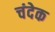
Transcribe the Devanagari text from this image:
चंदेक